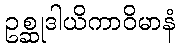
ဥစ္ဆုဒါယိကာဝိမာနံ